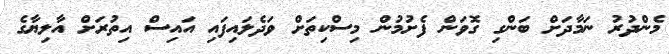
މެންދުރު ނަމާދަށް ބަންގި ގޮވަން ފެށުމުން މިސްކިތަށް ވަދެލައިފައި އައިސް އިތުރަށް އާލިޔާގެ